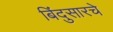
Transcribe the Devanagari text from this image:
बिंदुसारचे